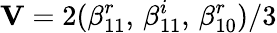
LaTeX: \mathbf{V}=2(\beta_{11}^{r},\, \beta_{11}^{i},\, \beta_{10}^{r})/3